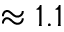
\approx 1 . 1